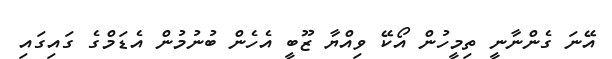
އޭނަ ގެންނާނީ ތިމީހުން އޯކޭ ވިއްޔާ ޒޫބީ އެހެން ބުނުމުން އެޑަމްގެ ގައިގައި